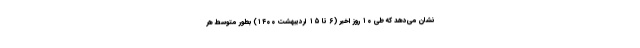
نشان می‌دهد که طی ۱۰ روز اخیر (۶ تا ۱۵ اردیبهشت ۱۴۰۰) بطور متوسط هر